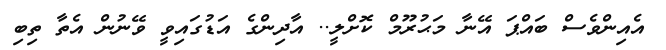
އެއިންވެސް ބައްޕަ އޭނާ މަޙުރޫމް ކޮށްލީ.. އާދިންގެ އަޑުގައިވީ ވޭނުން އެތާ ތިބި